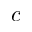
c